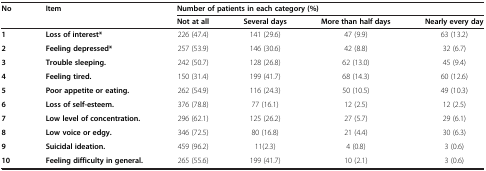
<table><thead><tr><td rowspan="2"><b>No</b></td><td rowspan="2"><b>Item</b></td><td colspan="4"><b>Number of patients in each category (%)</b></td></tr><tr><td><b>Not at all</b></td><td><b>Several days</b></td><td><b>More than half days</b></td><td><b>Nearly every day</b></td></tr></thead><tbody><tr><td><b>1</b></td><td><b>Loss of interest*</b></td><td>226 (47.4)</td><td>141 (29.6)</td><td>47 (9.9)</td><td>63 (13.2)</td></tr><tr><td><b>2</b></td><td><b>Feeling depressed*</b></td><td>257 (53.9)</td><td>146 (30.6)</td><td>42 (8.8)</td><td>32 (6.7)</td></tr><tr><td><b>3</b></td><td><b>Trouble sleeping.</b></td><td>242 (50.7)</td><td>128 (26.8)</td><td>62 (13.0)</td><td>45 (9.4)</td></tr><tr><td><b>4</b></td><td><b>Feeling tired.</b></td><td>150 (31.4)</td><td>199 (41.7)</td><td>68 (14.3)</td><td>60 (12.6)</td></tr><tr><td><b>5</b></td><td><b>Poor appetite or eating.</b></td><td>262 (54.9)</td><td>116 (24.3)</td><td>50 (10.5)</td><td>49 (10.3)</td></tr><tr><td><b>6</b></td><td><b>Loss of self-esteem.</b></td><td>376 (78.8)</td><td>77 (16.1)</td><td>12 (2.5)</td><td>12 (2.5)</td></tr><tr><td><b>7</b></td><td><b>Low level of concentration.</b></td><td>296 (62.1)</td><td>125 (26.2)</td><td>27 (5.7)</td><td>29 (6.1)</td></tr><tr><td><b>8</b></td><td><b>Low voice or edgy.</b></td><td>346 (72.5)</td><td>80 (16.8)</td><td>21 (4.4)</td><td>30 (6.3)</td></tr><tr><td><b>9</b></td><td><b>Suicidal ideation.</b></td><td>459 (96.2)</td><td>11(2.3)</td><td>4 (0.8)</td><td>3 (0.6)</td></tr><tr><td><b>10</b></td><td><b>Feeling difficulty in general.</b></td><td>265 (55.6)</td><td>199 (41.7)</td><td>10 (2.1)</td><td>3 (0.6)</td></tr></tbody></table>